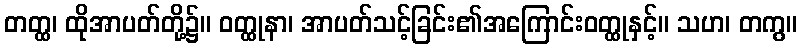
တတ္ထ၊ ထိုအာပတ်တို့၌။ ဝတ္ထုနာ၊ အာပတ်သင့်ခြင်း၏အကြောင်းဝတ္ထုနှင့်။ သဟ၊ တကွ။